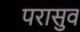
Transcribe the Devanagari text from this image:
परासुव